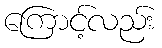
ကြောင့်လည်း